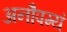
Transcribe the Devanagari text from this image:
अनौपम्यं